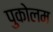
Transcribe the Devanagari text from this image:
पुकोलम